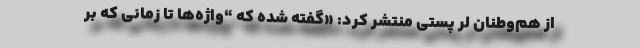
از هم‌وطنان لر پستی منتشر کرد: «گفته شده که “واژه‌ها تا زمانی که بر